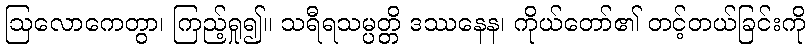
ဩလောကေတွာ၊ ကြည့်ရှု၍။ သရီရသမ္ပတ္တိ ဒဿနေန၊ ကိုယ်တော်၏ တင့်တယ်ခြင်းကို